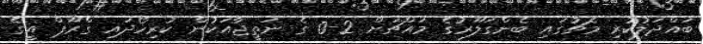
ބައްދަލުކުރި މެޗުގައި ބެންގަލޫރުގެ މައްޗަށް 2-0 ގެ ނަތީޖާއަކުން ކުރިހޯދައި ގްރޫޕް އީގެ